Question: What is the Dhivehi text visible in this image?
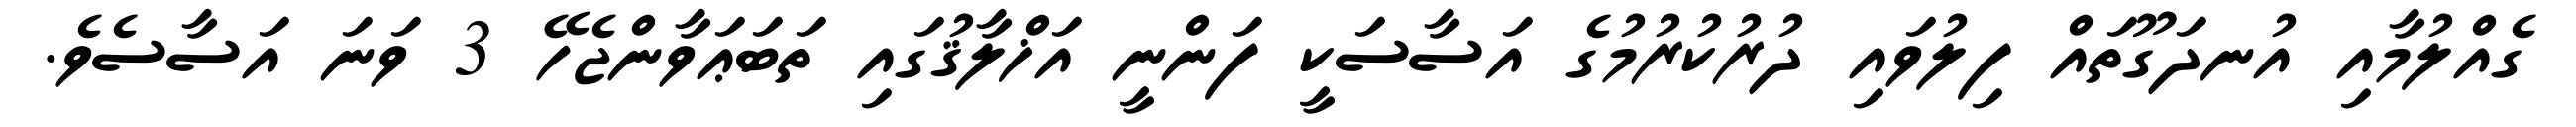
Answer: ގެއްލުމާއި އުނދަގޫތައް ފިލުވައި ދުރުކުރުމުގެ އަސާސަކީ ފަންނީ އަޚްލާޤުގައި ތަބަޢަވާންޖެހޭ 3 ވަނަ އަސާސެވެ.